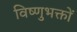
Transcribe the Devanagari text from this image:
विष्णुभक्तों